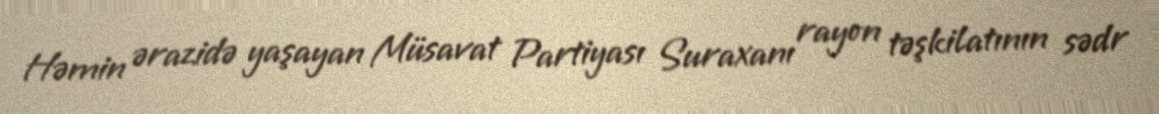
Həmin ərazidə yaşayan Müsavat Partiyası Suraxanı rayon təşkilatının sədr